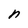
Character: n